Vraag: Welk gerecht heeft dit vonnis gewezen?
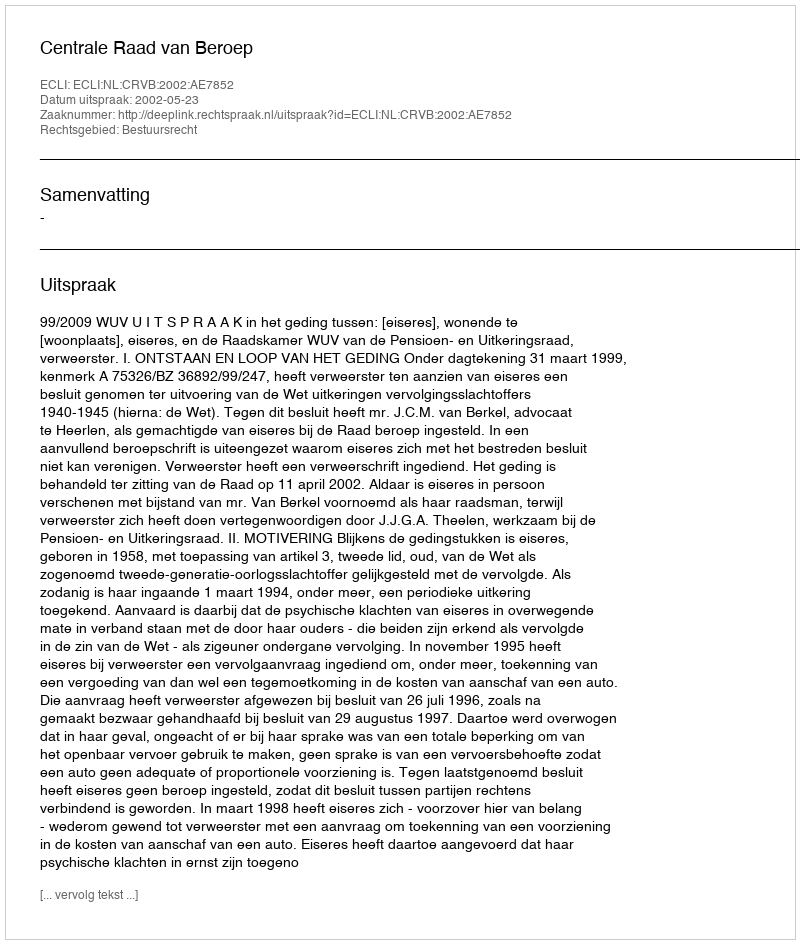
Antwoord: Centrale Raad van Beroep